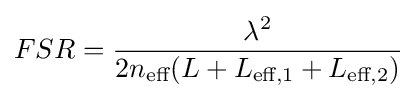
FSR={\frac {\lambda ^{2}}{2n_{\text{eff}}(L+L_{{\text{eff}},1}+L_{{\text{eff}},2})}}